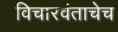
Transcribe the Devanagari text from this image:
विचारवंताचेच